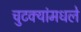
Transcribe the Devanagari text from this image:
चुटक्यांमधले